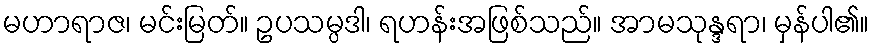
မဟာရာဇ၊ မင်းမြတ်။ ဥပသမ္ပဒါ၊ ရဟန်းအဖြစ်သည်။ အာမသုန္ဒရာ၊ မှန်ပါ၏။